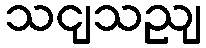
သငျသညျ